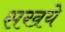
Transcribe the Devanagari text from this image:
सखये